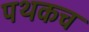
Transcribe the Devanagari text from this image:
पथकच